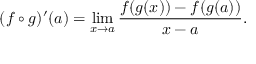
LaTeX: ( f \circ g ) ^ { \prime } ( a ) = \operatorname* { l i m } _ { x \to a } { \frac { f ( g ( x ) ) - f ( g ( a ) ) } { x - a } } .